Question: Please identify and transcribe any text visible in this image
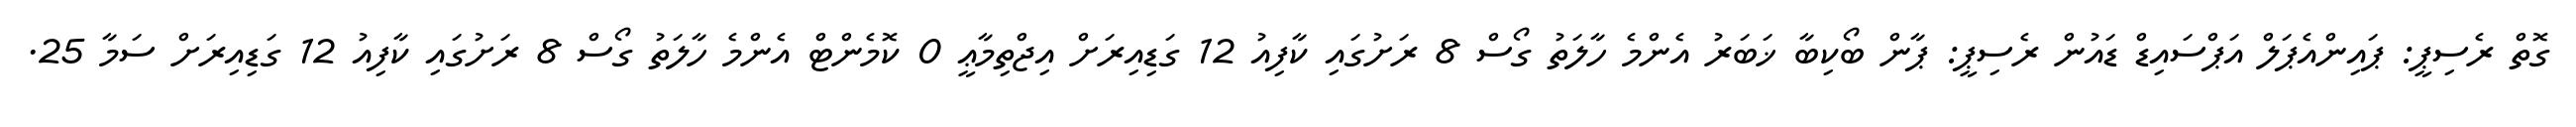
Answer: ގޮތް ރެސިޕީ: ޕައިންއެޕަލް އަޕްސައިޑް ޑައުން ރެސިޕީ: ޕާން ބޯކިބާ ޚަބަރު އެންމެ ހާލަތު ގޯސް 8 ރަށުގައި ކާފިއު 12 ގަޑިއިރަށް އިޖްތިމާޢީ 0 ކޮމެންޓް އެންމެ ހާލަތު ގޯސް 8 ރަށުގައި ކާފިއު 12 ގަޑިއިރަށް ސަމާ 25.